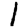
Digit: 1